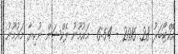
އޮކްޓޯބަރު 28